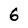
Character: 6